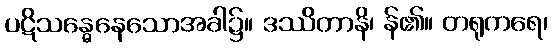
ပဋိသန္ဓေနေသောအခါ၌။ ဒဿိတာနိ၊ န်၏။ တရုကရေ၊